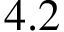
4 . 2